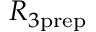
R _ { 3 \mathrm { p r e p } }